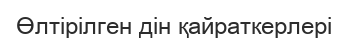
Өлтірілген дін қайраткерлері